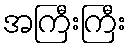
အကြီးကြီး